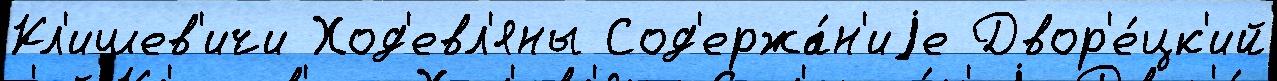
Кл'ишев'ичи Ход'евл'яны Сод'ержа́н'иjе Двор'е́цк'ий